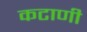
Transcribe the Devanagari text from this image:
कटाणी